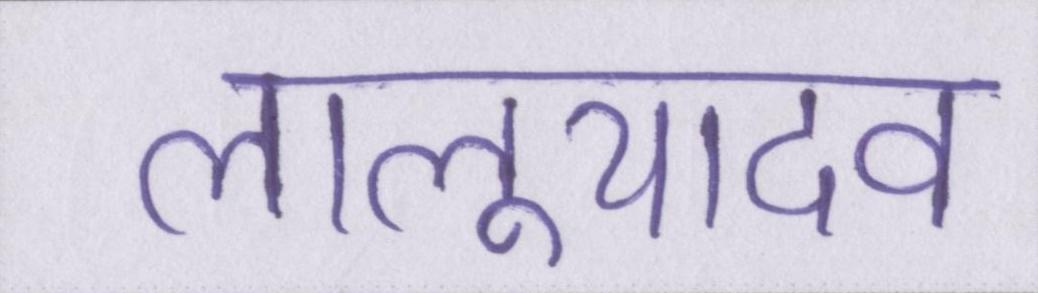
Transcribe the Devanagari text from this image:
लालूयादव